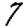
Digit: 7